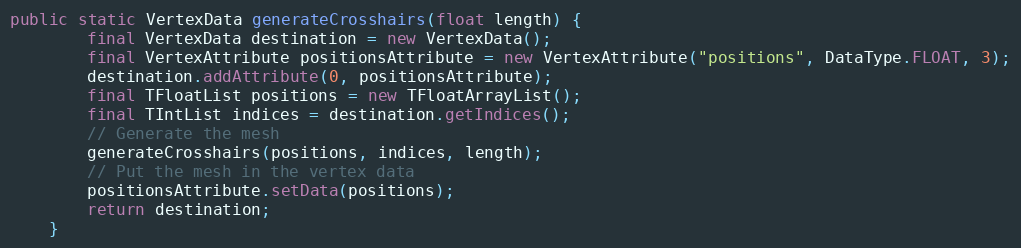
Language: Java
public static VertexData generateCrosshairs(float length) {
        final VertexData destination = new VertexData();
        final VertexAttribute positionsAttribute = new VertexAttribute("positions", DataType.FLOAT, 3);
        destination.addAttribute(0, positionsAttribute);
        final TFloatList positions = new TFloatArrayList();
        final TIntList indices = destination.getIndices();
        // Generate the mesh
        generateCrosshairs(positions, indices, length);
        // Put the mesh in the vertex data
        positionsAttribute.setData(positions);
        return destination;
    }